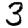
Digit: 3